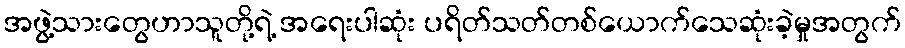
အဖွဲ့သားတွေဟာသူတို့ရဲ့ အရေးပါဆုံး ပရိတ်သတ်တစ်ယောက်သေဆုံးခဲ့မှုအတွက်